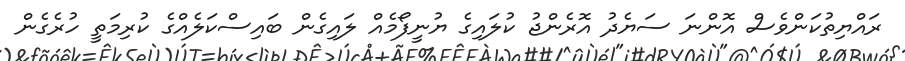
ރައްޔިތުކަންވެސް އޮންނަ ސަޔެދު އޮރެންޖު ކުލައިގެ ޔުނީފޯމެއް ލައިގެން ބައިސްކަލެއްގެ ކުރިމަތީ ހުރެގެން